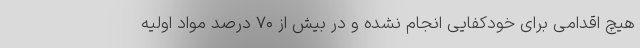
هیچ اقدامی برای خودکفایی انجام نشده و در بیش از ۷۰ درصد مواد اولیه